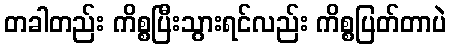
တခါတည်း ကိစ္စပြီးသွားရင်လည်း ကိစ္စပြတ်တာပဲ